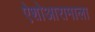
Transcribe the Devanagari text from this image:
ऐशोआरामाला